画像に写った文字を読んでください
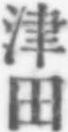
「津田」と書いてあります